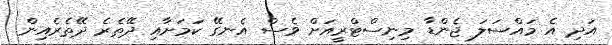
އަދި އެ މައްސަލަ ޖެންޑާ މިނިސްޓްރީއަށް ވެސް އެނގޭ ކަމަށާއި ދޭތެރެ ދޭތެރެއިން